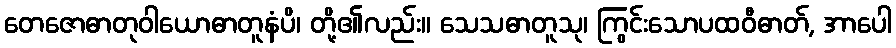
တေဇောဓာတုဝါယောဓာတူနံပိ၊ တို့၏လည်း။ သေသဓာတူသု၊ ကြွင်းသောပထဝီဓာတ်, အာပေါ